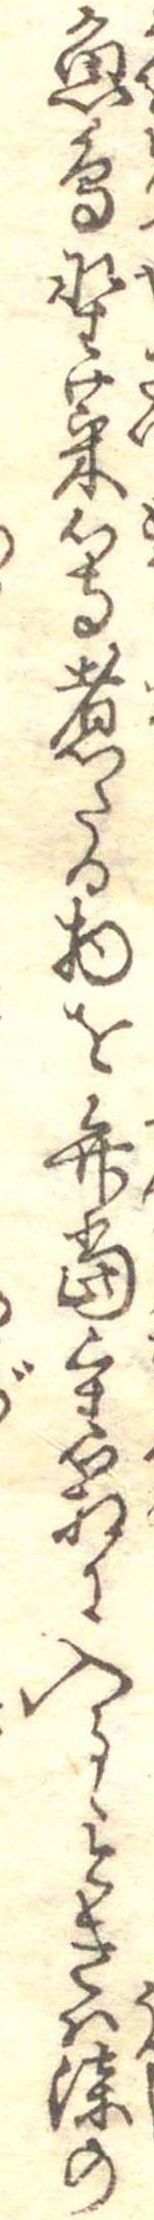
魚鳥野菜等煮たる物を弁当重箱に入るゝときは漆の